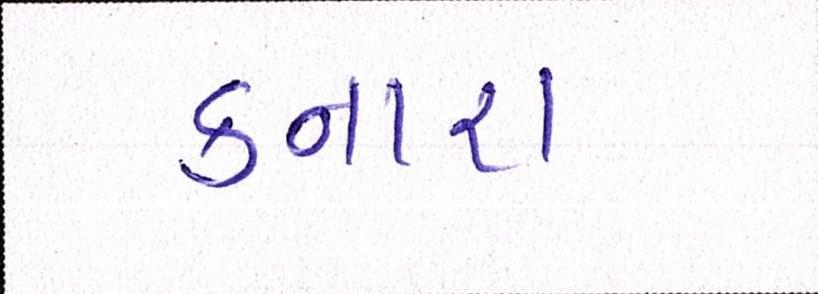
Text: કનારા